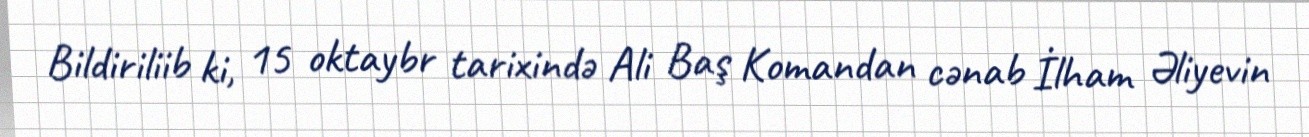
Bildiriliib ki, 15 oktaybr tarixində Ali Baş Komandan cənab İlham Əliyevin